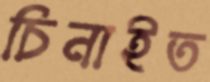
চিনাইত